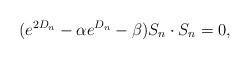
LaTeX: \begin{align*} (e^{2D_{n}}-\alpha e^{D_{n}}-\beta)S_n\cdot S_n=0,\end{align*}